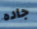
جاده